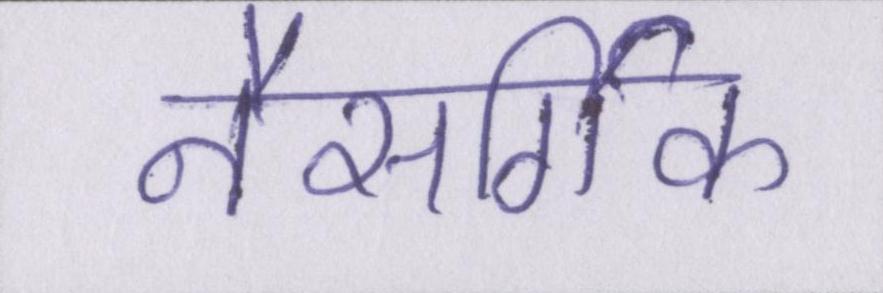
नैसर्गिक